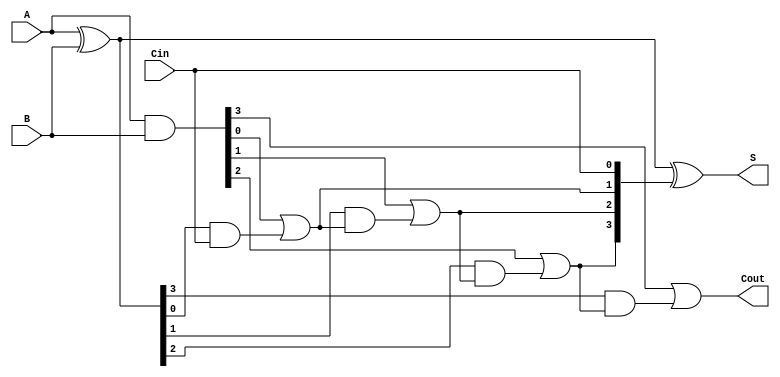
module han_carlson_adder #(parameter N = 4) (
    input  [N-1:0] A,      // First input
    input  [N-1:0] B,      // Second input
    input          Cin,     // Carry input
    output [N-1:0] S,      // Sum output
    output         Cout     // Carry output
);

    // Internal signals
    wire [N-1:0] P;        // Propagate signals
    wire [N-1:0] G;        // Generate signals
    wire [N:0] C;          // Carry signals

    // Generate and propagate signals
    assign P = A ^ B;      // Propagate
    assign G = A & B;      // Generate

    // Carry generation
    assign C[0] = Cin;     // Initial carry input
    generate
        genvar i;
        for (i = 0; i < N; i = i + 1) begin : carry_generation
            // Carry calculation
            assign C[i + 1] = G[i] | (P[i] & C[i]);
        end
    endgenerate

    // Sum calculation
    assign S = P ^ C[N-1:0]; // Sum output

    // Final carry out
    assign Cout = C[N];

endmodule